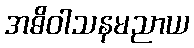
အဓိဝါသနမညာယ